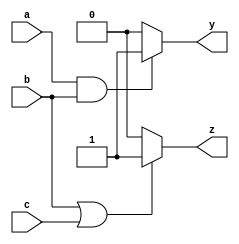
module combinational_logic(
    input wire a,
    input wire b,
    input wire c,
    output reg y,
    output reg z
);

always @ (a, b, c) begin
    // Default values
    y = 0;
    z = 0;

    // Combinational logic assignments
    if (a && b) begin
        y = 1;  // y is high if both a and b are high
    end

    if (b || c) begin
        z = 1;  // z is high if either b or c is high
    end

    // Additional logic can be added here as needed
end

endmodule